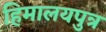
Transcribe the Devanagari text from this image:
हिमालयपुत्र